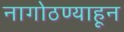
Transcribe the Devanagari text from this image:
नागोठण्याहून